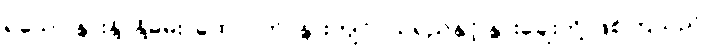
ရသော နွားနို့၊ နို့ဓမ်း၊ ထောပတ်၊ နွားကျင်ငယ်ရည်နှင့် နွားချေးတို့ ဖြစ်ကြသည်။